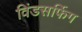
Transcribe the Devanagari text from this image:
विंडसर्फिग